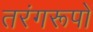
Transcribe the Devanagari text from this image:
तरंगरूपों